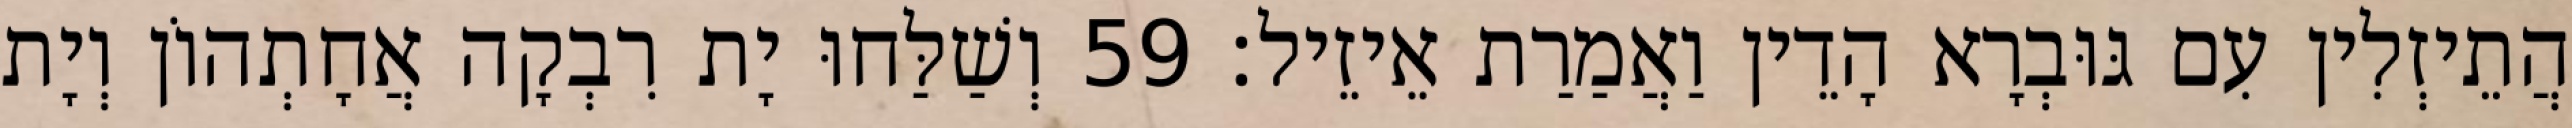
הֲתֵיזְלִין עִם גּוּבְרָא הָדֵין וַאֲמַרַת אֵיזֵיל׃ 59 וְשַׁלַּחוּ יָת רִבְקָה אֲחָתְהוֹן וְיָת